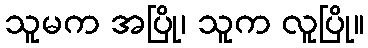
သူမက အပြို၊ သူက လူပြို။